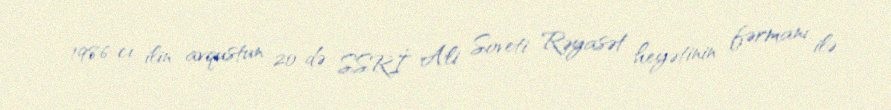
1986-cı ilin avqustun 20-də SSRİ Ali Soveti Rəyasət heyətinin fərmanı ilə